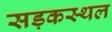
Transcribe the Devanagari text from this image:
सड़कस्थल